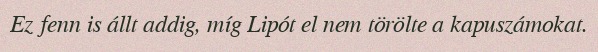
Ez fenn is állt addig, míg Lipót el nem törölte a kapuszámokat.